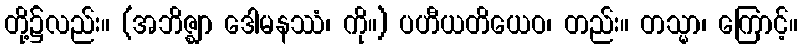
တို့၌လည်း။ (အဘိဇ္ဈာ ဒေါမနဿံ၊ ကို။) ပဟီယတိယေဝ၊ တည်း။ တသ္မာ၊ ကြောင့်။